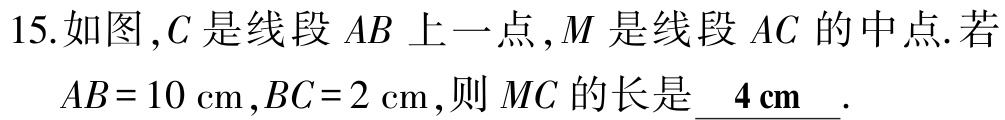
15.如图，\(C\)是线段 \(AB\) 上一点，\(M\) 是线段 \(AC\) 的中点. 若 \(AB = 10\mathrm{cm}\)，\(BC = 2\mathrm{cm}\)，则 \(MC\) 的长是 \(\underline{ 4\mathrm{cm} }\).